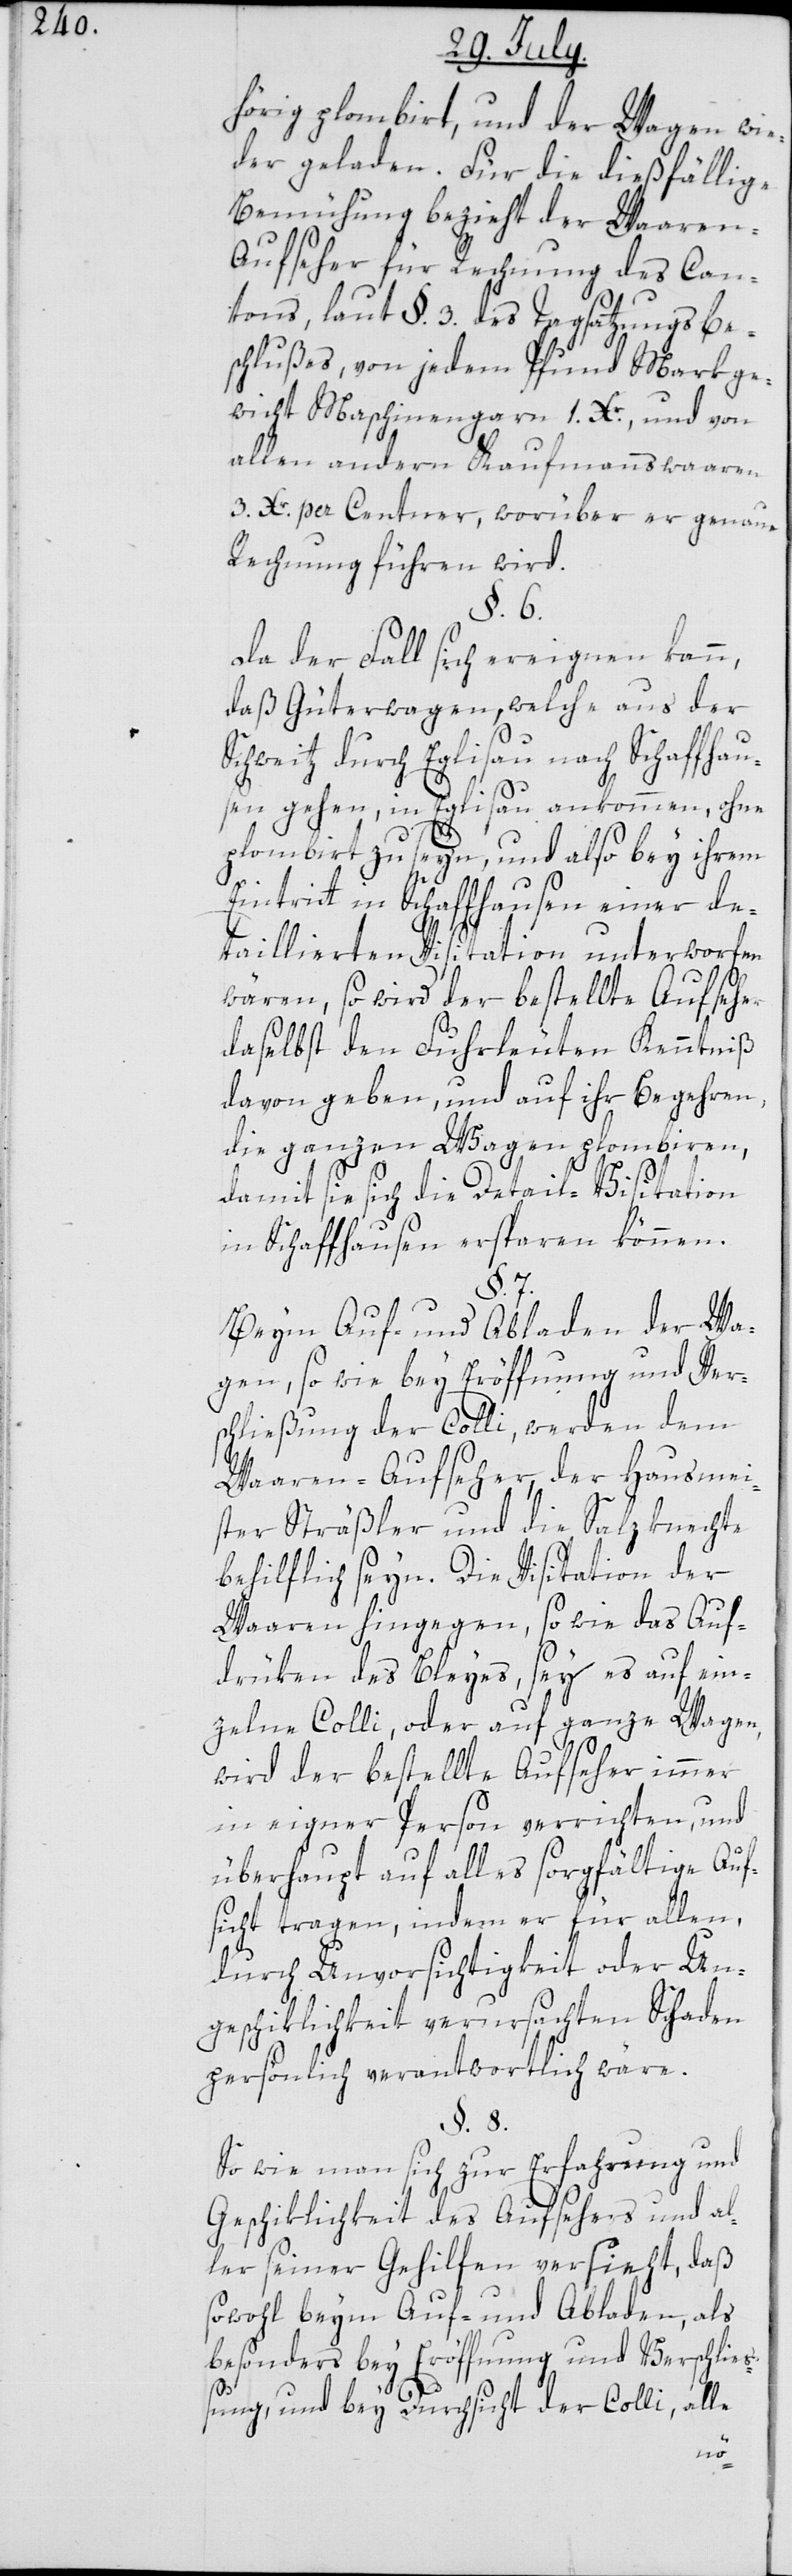
hörig plombirt, und der Wagen wie¬
der geladen. Für die dießfällige
Bemühung bezieht der Waaren-A¬
ufseher für Rechnung des Can¬
tons, laut §. 3. des Tagsatzungsbe¬
schlußes, von jedem Pfund Markge¬
wicht Maschinengarn 1. Xr., und von
allen andern Kaufmannswaaren
3. Xr. per Centner, worüber er genaue
Rechnung führen wird.
§. 6.
Da der Fall sich ereignen kann,
daß Güterwagen, welche aus der
Schweitz durch Eglisau nach Schaffhau¬
sen gehen, in Eglisau ankommen, ohne
plombirt zu seyn, und also bey ihrem
Eintritt in Schaffhausen einer de¬
taillierten Visitation unterworfen
wären, so wird der bestellte Aufseher
daselbst den Fuhrleuten Kenntniß
davon geben, und auf ihr Begehren,
die ganzen Wagen plombiren,
damit sie sich die Detail-Visitation
in Schaffhausen ersparen können.
§. 7.
Beym Auf- und Abladen der Wa¬
gen, sowie bey Eröffnung und Ver¬
schließung der Colli, werden dem
Waaren-Aufseher, der Hausmei¬
ster Sträßler und die Salzknechte
behilflich seyn. Die Visitation der
Waaren hingegen, sowie das Auf¬
drüken des Bleyes, sey es auf ein¬
zelne Colli, oder auf ganze Wagen,
wird der bestellte Aufseher immer
in eigener Person verrichten, und
überhaupt auf alles sorgfältige Auf¬
sicht tragen, indem er für allen,
durch Unvorsichtigkeit oder Un¬
schiklichkeit verursachten Schaden
persönlich verantwortlich wäre.
§. 8.
So wie man sich zur Erfahrung und
Geschiklichkeit des Aufsehers und al¬
ler seiner Gehilfen versieht, daß
sowohl beym Auf- und Abladen, als
besonders bey Eröffnung und Verschließ¬
ung, und bey Durchsicht der Colli, alle